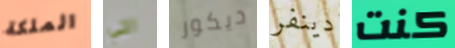
الملكة التي ديكور دينفر كنت